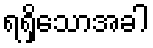
ရရှိသောအခါ